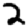
Digit: 2